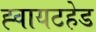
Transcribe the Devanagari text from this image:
ह्वायटहेड